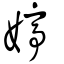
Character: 婷